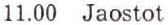
11.00 Jaostot